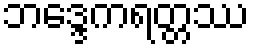
ဘဒ္ဒေကရတ္တဿ